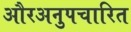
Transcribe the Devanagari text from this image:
औरअनुपचारित